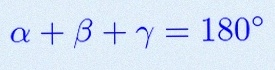
\alpha+\beta+\gamma=180^\circ